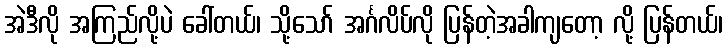
အဲဒီလို အကြည်လို့ပဲ ခေါ်တယ်၊ သို့သော် အင်္ဂလိပ်လို ပြန်တဲ့အခါကျတော့ လို့ ပြန်တယ်၊